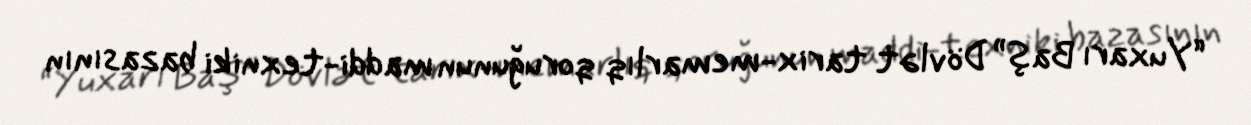
“Yuxarı Baş” Dövlət tarix-memarlıq qoruğunun maddi-texniki bazasının